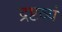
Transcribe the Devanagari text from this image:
द्रष्टव्यं